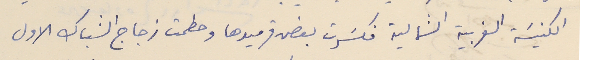
الكنيسَة الغربية الشمالية فكسَرت بعض قرميدها وحطمت زجاج الشباك الاول